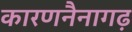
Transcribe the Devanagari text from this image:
कारणनैनागढ़